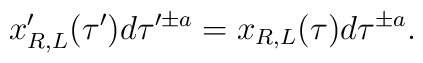
x'_{R,L} (\tau') d \tau'^{\pm a} = x_{R,L}(\tau) d \tau ^{\pm a}.